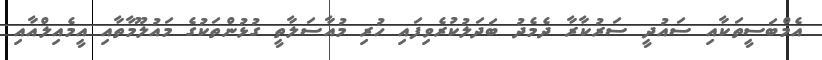
އެމްބަސީތަކާއި ސައުދީ ސަރުކާރާ ދެމެދު ބަދަލުކުރެވިފައި ހުރި މުއާސަލާތީ ގުޅުންތަކުގެ މައުލޫމާތާއި އީމެއިލްއާއި